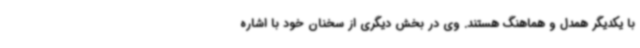
با یکدیگر همدل و هماهنگ هستند. وی در بخش دیگری از سخنان خود با اشاره